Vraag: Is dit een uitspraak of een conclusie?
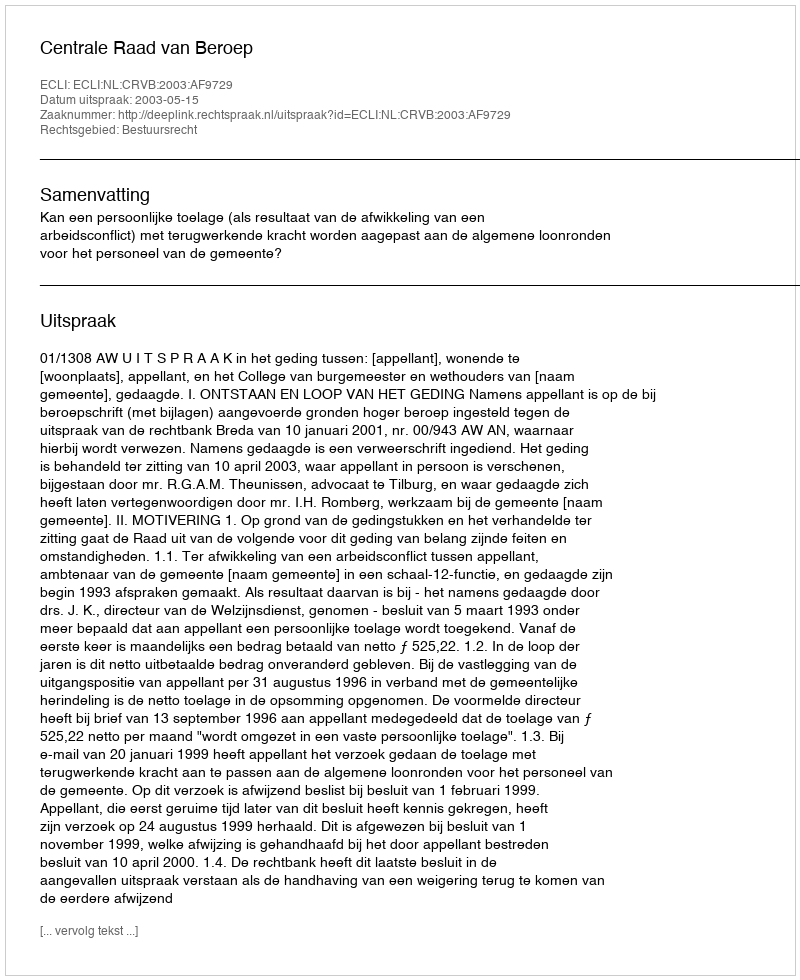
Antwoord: Uitspraak